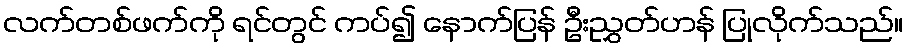
လက်တစ်ဖက်ကို ရင်တွင် ကပ်၍ နောက်ပြန် ဦးညွှတ်ဟန် ပြုလိုက်သည်။